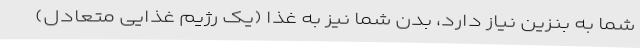
شما به بنزین نیاز دارد، بدن شما نیز به غذا (یک رژیم غذایی متعادل)